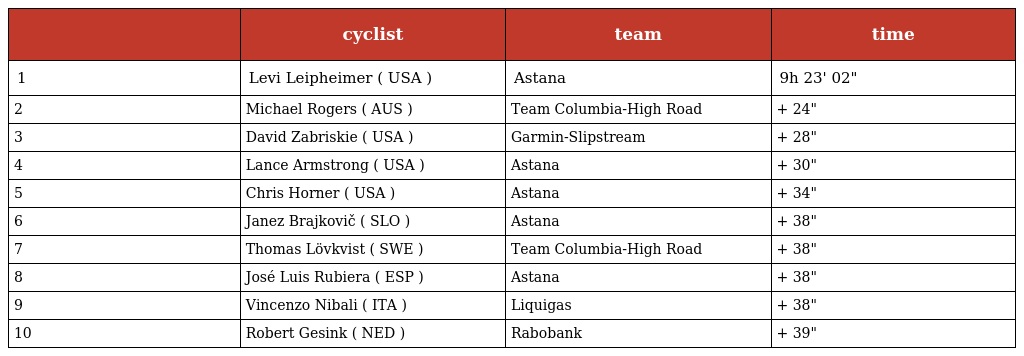
|  | cyclist | team | time |
 | --- | --- | --- | --- |
 | 1 | Levi Leipheimer ( USA ) | Astana | 9h 23' 02" |
 | 2 | Michael Rogers ( AUS ) | Team Columbia-High Road | + 24" |
 | 3 | David Zabriskie ( USA ) | Garmin-Slipstream | + 28" |
 | 4 | Lance Armstrong ( USA ) | Astana | + 30" |
 | 5 | Chris Horner ( USA ) | Astana | + 34" |
 | 6 | Janez Brajkovič ( SLO ) | Astana | + 38" |
 | 7 | Thomas Lövkvist ( SWE ) | Team Columbia-High Road | + 38" |
 | 8 | José Luis Rubiera ( ESP ) | Astana | + 38" |
 | 9 | Vincenzo Nibali ( ITA ) | Liquigas | + 38" |
 | 10 | Robert Gesink ( NED ) | Rabobank | + 39" |